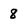
Character: 8